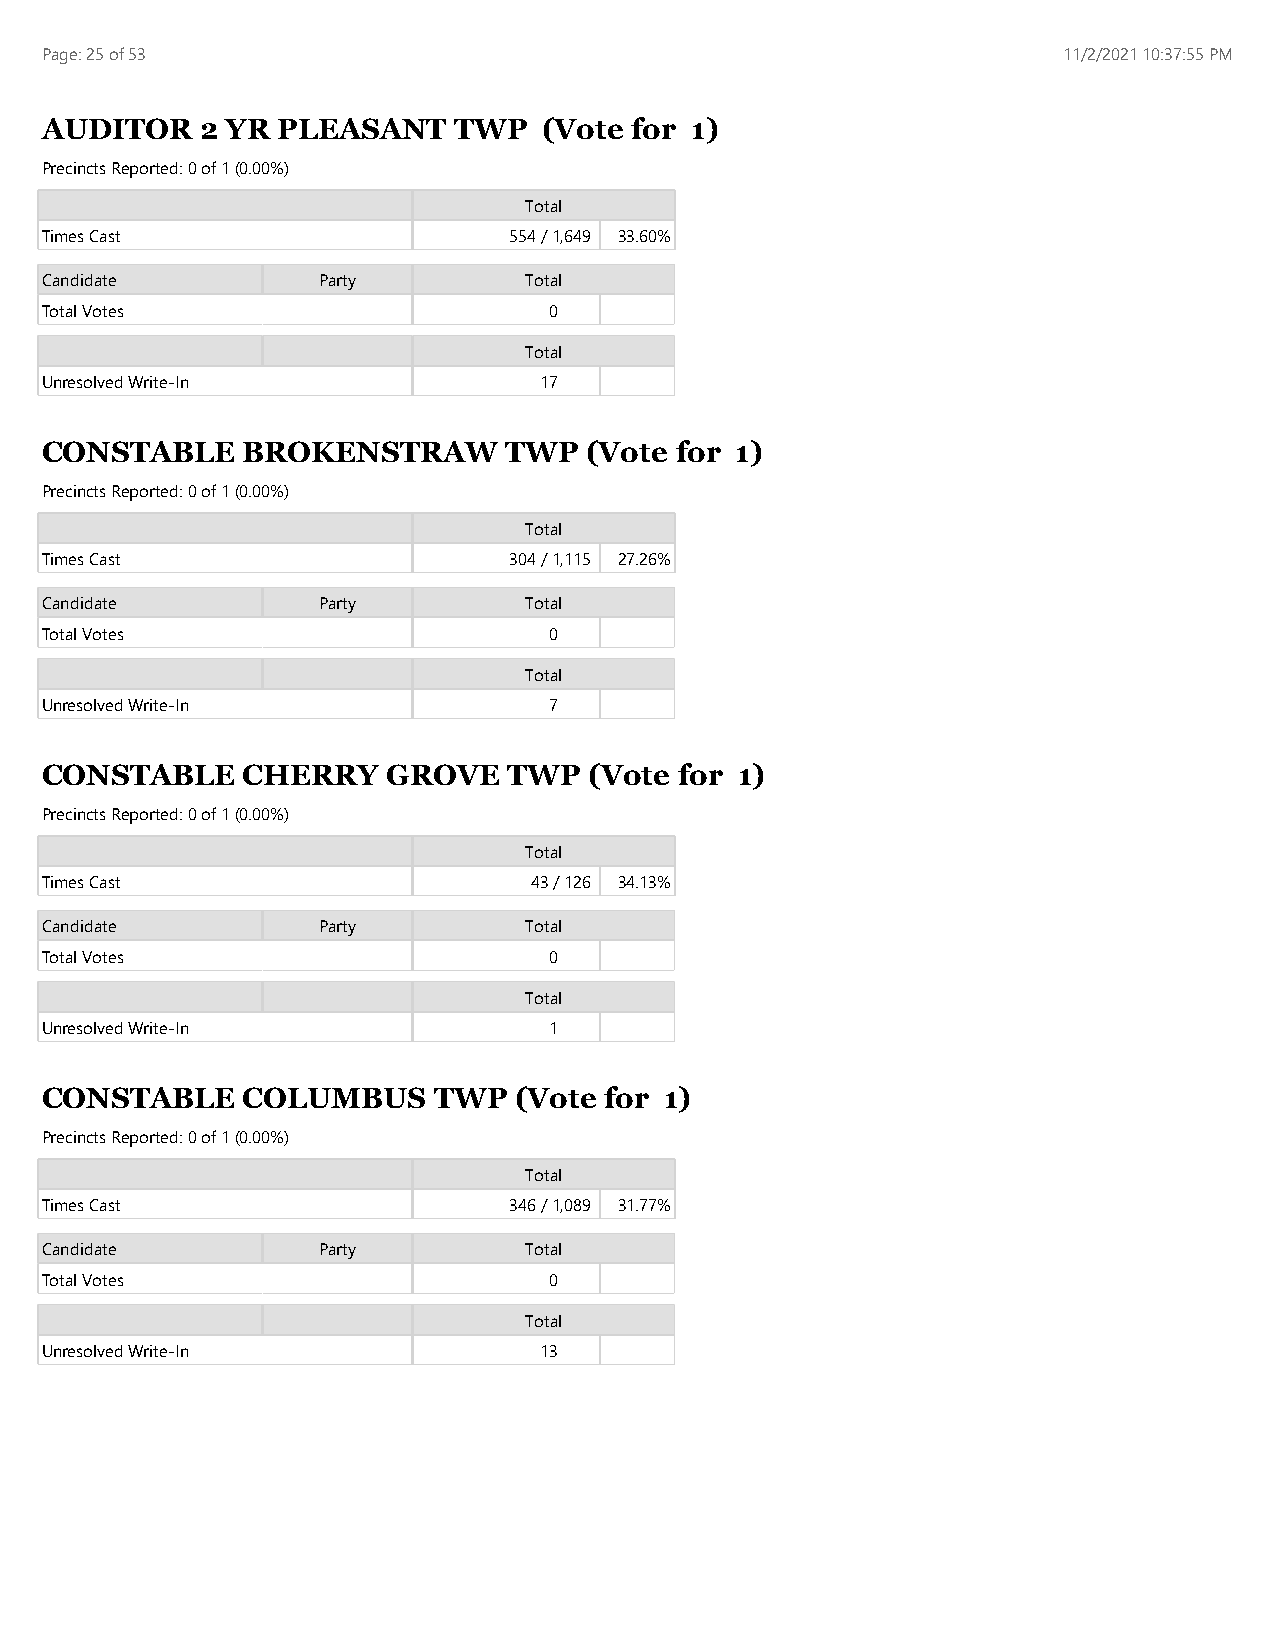
Page: 25 of 53                                                     11/2/2021 10:37:55 PM
 AUDITOR   2 YR PLEASANT    TWP   (Vote for 1)
 Precincts Reported: 0 of 1 (0.00%)
 Total
 Times Cast                     554 / 1,649 33.60%
 Candidate         Party         Total
 Total Votes                      0
 Total
 Unresolved Write-In              17
 CONSTABLE    BROKENSTRAW      TWP   (Vote for 1)
 Precincts Reported: 0 of 1 (0.00%)
 Total
 Times Cast                     304 / 1,115 27.26%
 Candidate         Party         Total
 Total Votes                      0
 Total
 Unresolved Write-In              7
 CONSTABLE    CHERRY    GROVE   TWP  (Vote for 1)
 Precincts Reported: 0 of 1 (0.00%)
 Total
 Times Cast                      43 / 126 34.13%
 Candidate         Party         Total
 Total Votes                      0
 Total
 Unresolved Write-In              1
 CONSTABLE    COLUMBUS     TWP  (Vote for 1)
 Precincts Reported: 0 of 1 (0.00%)
 Total
 Times Cast                     346 / 1,089 31.77%
 Candidate         Party         Total
 Total Votes                      0
 Total
 Unresolved Write-In              13